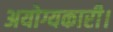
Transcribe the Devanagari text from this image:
अयोग्यकारी।